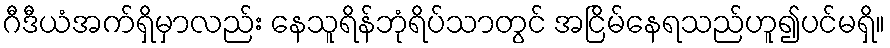
ဂီဒီယံအက်ရှိမှာလည်း နေသူရိန်ဘုံရိပ်သာတွင် အငြိမ်နေရသည်ဟူ၍ပင်မရှိ။